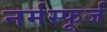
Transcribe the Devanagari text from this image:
नर्मस्फूर्ज